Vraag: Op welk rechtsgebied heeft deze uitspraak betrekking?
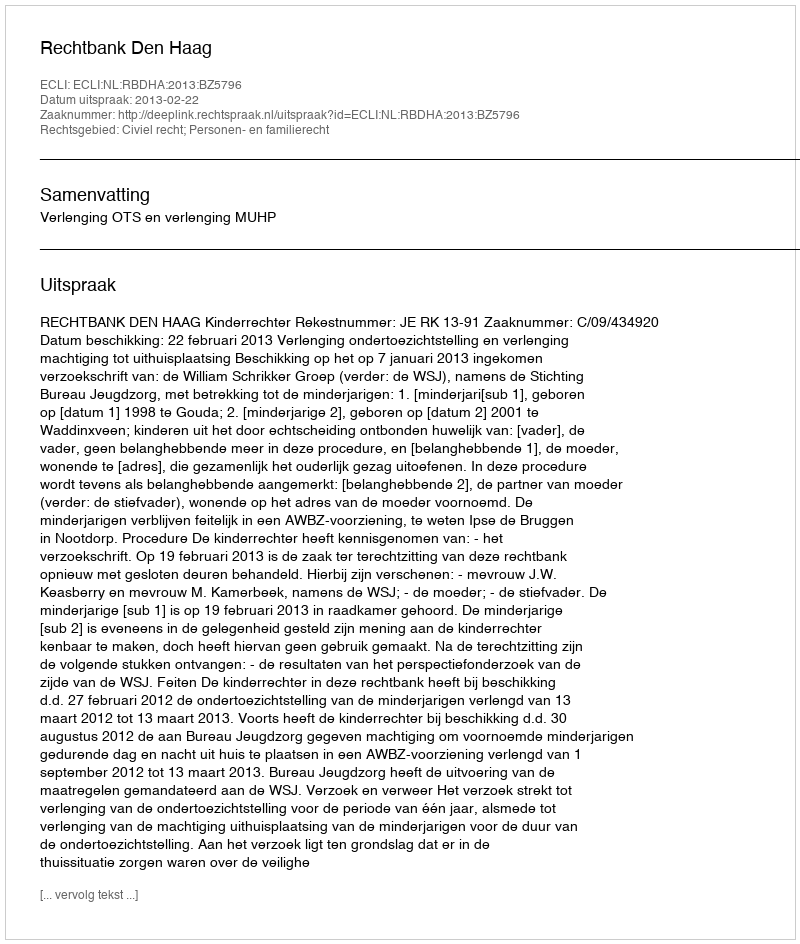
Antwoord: Civiel recht; Personen- en familierecht